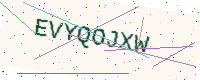
Text: EVYQOJXW